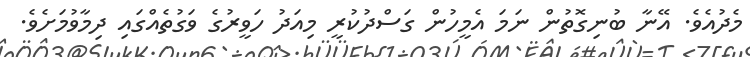
މެދުއެވެ. އޭނާ ބުނިގޮތުން ނަމަ އެމީހުން ގަސްދުކުރީ މިއަދު ހަވީރުގެ ވަގުތެއްގައި ދިމާވުމަށެވެ.